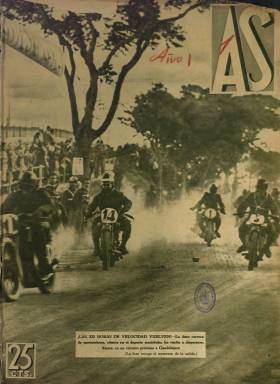
Título: As (Madrid. 1932)
Colección: Deportes
Ámbito geográfico: Madrid
Lugar de publicación: Madrid
Fechas: 07/06/1932-13/07/1936

Este título deportivo, fundado como diario en 1967, fue primero una revista semanal editada a partir de 1932 por Luis Montiel Balanzat, el mismo gran editor que recuperaría más de treinta años después la marca para fundar el diario.

    La revista AS, nacida en la época de la II República, es una de las primeras publicaciones gráficas españolas dedicadas íntegramente al deporte. Informa de una extensa variedad de modalidades deportivas, algunas de ellas de reciente aparición, al menos en España. La publicación era editada por Estampa, que editaba desde 1928 la revista del mismo nombre propiedad también de Luis Montiel. Al aparecer As, la revista Estampa dedicó menos espacio a los deportes. Montiel era propietario igualmente del diario gráfico Ahora.

     En su primer número, AS declara: ‘Aparece esta revista en un momento que nos parece altamente propicio para contribuir al desenvolvimiento de los deportes y de la cultura física en España, cuando todas las corrientes de su vitalidad buscan un cauce de progreso y expansión’.

    En este primer número encontramos un reportaje titulado ‘Bautismo de sangre para la aviación sin motor española’, y en otro publicado en el número de 29 de abril de 1935 vemos los progresos de esta nueva modalidad deportiva, con una entrevista a Anita Osona, la primera piloto española.

    Como se puede observar solamente hojeando la revista, ésta daba una importancia fundamental al aspecto gráfico. Sus páginas están llenas de fotos ilustrando cada deporte. Carreras de motos, de coches, ciclismo, boxeo, hípica, remo, esquí, atletismo, natación y por supuesto fútbol, que ya en estos años comienza a ser el deporte rey tras la gran actuación de la selección nacional de fútbol en los Juegos Olímpicos de Amberes en 1920 y la creación de la Liga en la temporada 1928-1929.

    Por esta época y los fichajes en el mundo del fútbol eran ya habituales y alcanzaban un gran valor. En el número de 9 de enero de 1933 aparece en la portada una foto de Samitier bajando del avión que le trasladó a Madrid. El famoso internacional del Barcelona, que había jugado en Amberes y había conseguido numerosos triunfos con el equipo blaugrana, acababa de ser traspasado al Madrid por una gran cantidad de dinero. En el penúltimo número de la revista, del 6 de julio de 1936, otro reportaje informa de la retirada del fútbol del gran portero Ricardo Zamora.

   La revista contaba normalmente con 24 páginas y una de sus secciones más características era la titulada Retablillo, dedicada a dar noticias, rumores y chismes del mundo deportivo.

    El 29 de abril de 1935, el semanario dedicó una amplia información al inicio de la Primera Vuelta Ciclista a España, disputada en 14 etapas por 50 corredores, con 3.300 kilómetros de recorrido. Incluyó un mapa y gráficos detallando las etapas.

  El último número de la revista AS es el correspondiente al 13 de julio de 1936. El siguiente debía salir el día 20, pero para entonces España estaba ya en llamas y el deporte había dejado paso a la guerra.

[Descripción publicada el 28/08/2020]